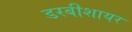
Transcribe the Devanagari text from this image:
डरबीशायर